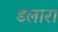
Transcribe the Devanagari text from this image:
डलारा